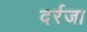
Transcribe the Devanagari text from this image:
दर्रजा